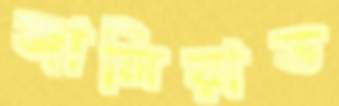
জালিয়াত